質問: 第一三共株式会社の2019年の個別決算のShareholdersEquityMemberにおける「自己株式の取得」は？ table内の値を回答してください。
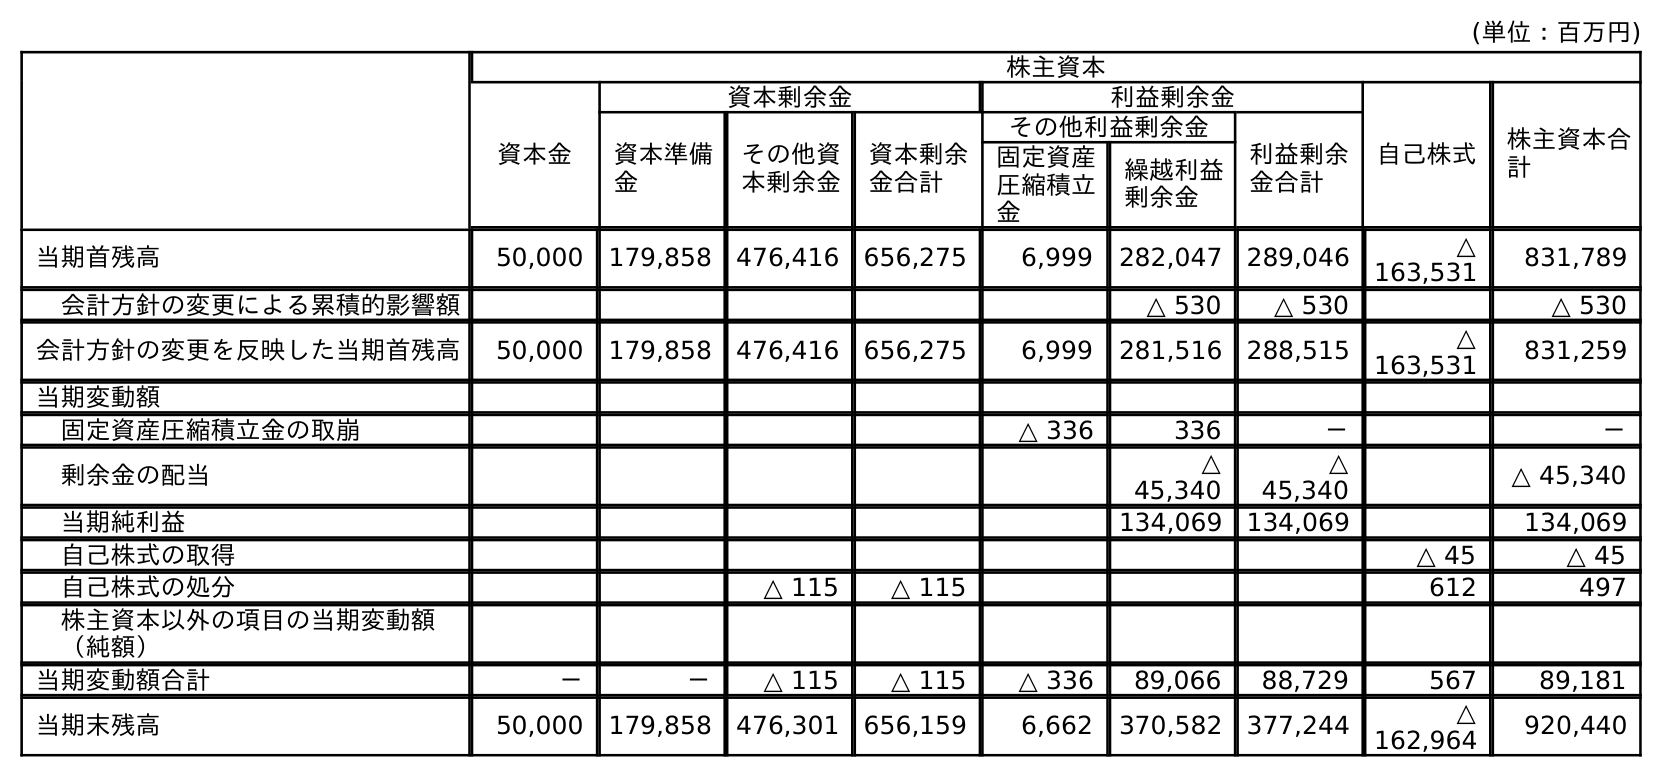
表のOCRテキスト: (単位：百万円) 株主資本 資本金 資本剰余金 利益剰余金 自己株式 株主資本合 計 資本準備 金 その他資 本剰余金 資本剰余 金合計 その他利益剰余金 利益剰余 金合計 固定資産 圧縮積立 金 繰越利益 剰余金 当期首残高 50,000 179,858 476,416 656,275 6,999 282,047 289,046 △ 163,531 831,789 会計方針の変更による累積的影響額 △ 530 △ 530 △ 530 会計方針の変更を反映した当期首残高 50,000 179,858 476,416 656,275 6,999 281,516 288,515 △ 163,531 831,259 当期変動額 固定資産圧縮積立金の取崩 △ 336 336 － － 剰余金の配当 △ 45,340 △ 45,340 △ 45,340 当期純利益 134,069 134,069 134,069 自己株式の取得 △ 45 △ 45 自己株式の処分 △ 115 △ 115 612 497 株主資本以外の項目の当期変動額 （純額） 当期変動額合計 － － △ 115 △ 115 △ 336 89,066 88,729 567 89,181 当期末残高 50,000 179,858 476,301 656,159 6,662 370,582 377,244 △ 162,964 920,440
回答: △45